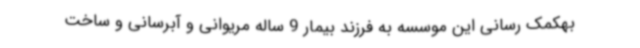
بهکمک رسانی این موسسه به فرزند بیمار 9 ساله مریوانی و آبرسانی و ساخت